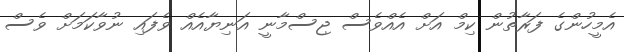
އެމީހުންގެ ފަރާތުން ކިމް އަށް އެއްވެސް ޖިސްމާނީ އަނިޔާއެއް ވެފައި ނުވާކަމަށް ވެސް